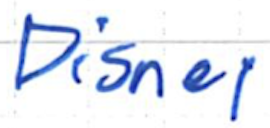
Text: Disney
Cross-out: clean
Writing tool: ballpoint